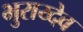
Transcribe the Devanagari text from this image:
भुराय्देव